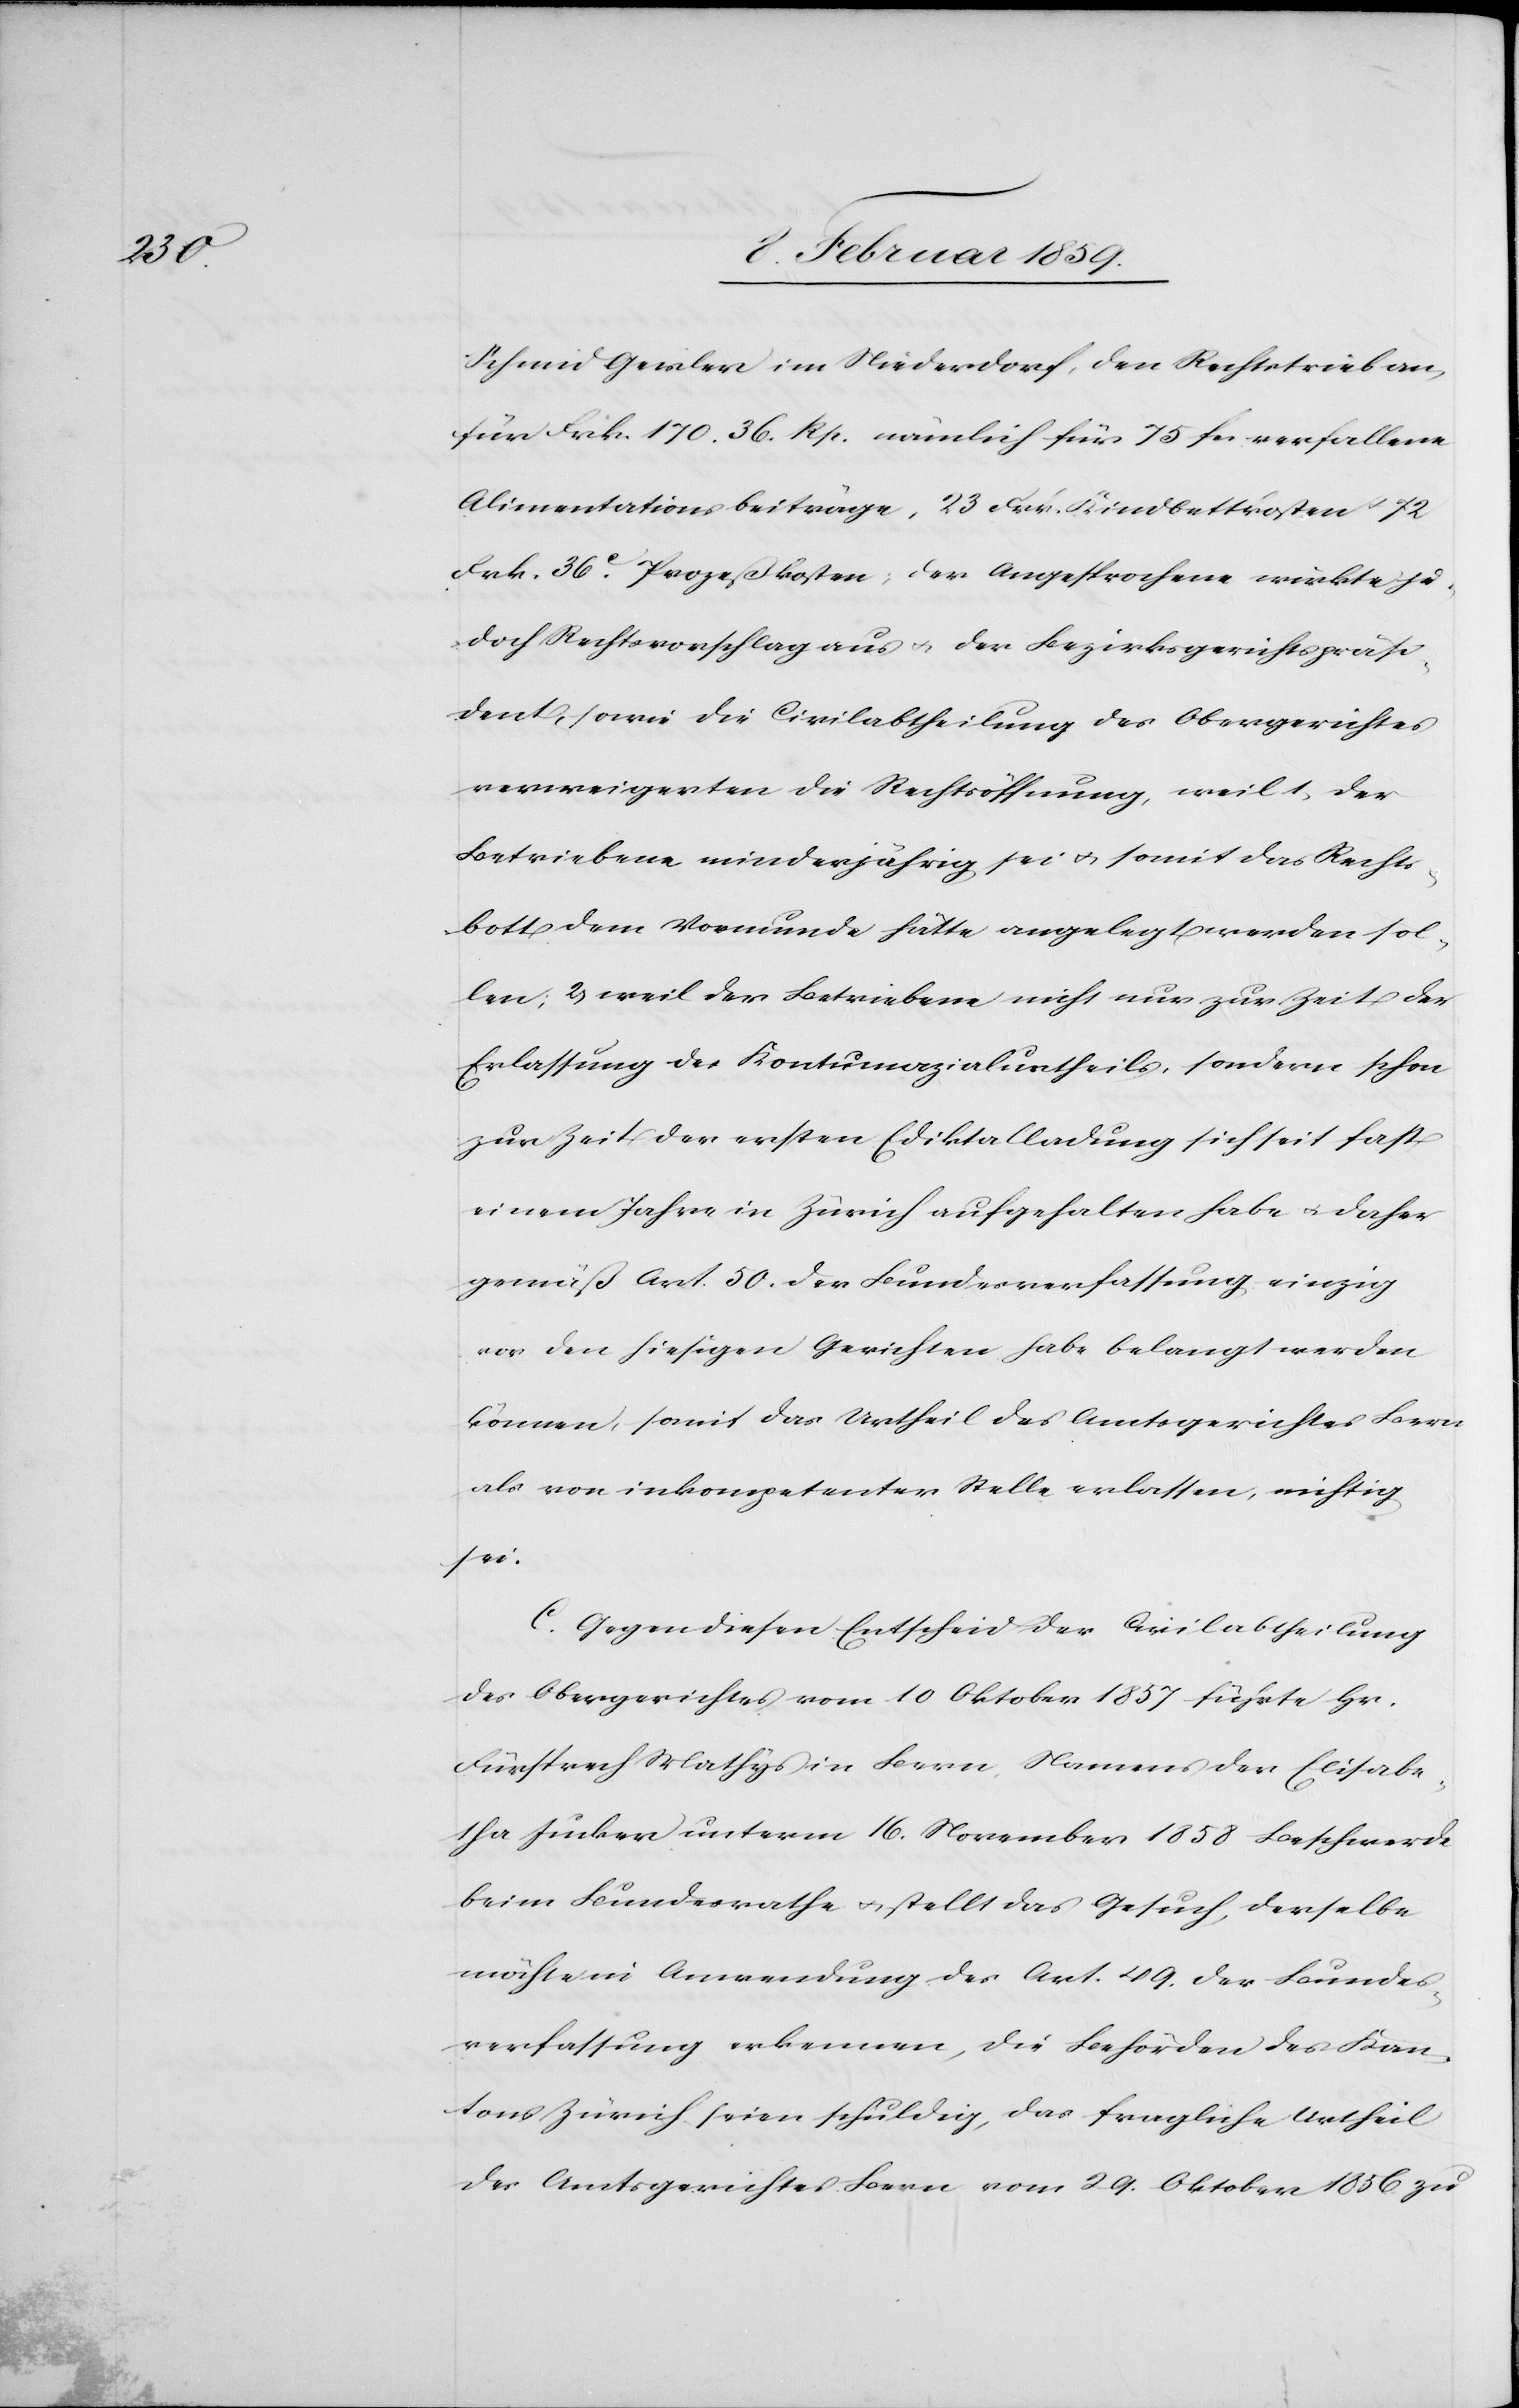
Schmid Gewiler im Niederdorf, den Rechtstrieb an,
für Frk. 170. 36. Rp. nämlich für 75 fcs verfallene
Alimentationsbeiträge, 23 Frk. Kindbettkosten u.
Frk. 36 c. Prozeßkosten; der Angesprochene wirkte je¬
doch Rechtsvorschlag aus u. der Bezirksgerichtspräsi¬
dent, sowie die Civilabtheilung des Obergerichtes
verweigerten die Rechtsöffnung, weil 1, der
Betriebene minderjährig sei u. somit das Rechts¬
bott dem Vormunde hätte angelegt werden sol¬
len; 2, weil der Betriebene nicht nur zur Zeit der
Erlassung des Kontumazialurtheils, sondern schon
zur Zeit der ersten Ediktalladung sich seit fast
einem Jahre in Zürich aufgehalten habe u. daher
gemäß Art. 50. der Bundesverfassung einzig
vor den hiesigen Gerichten habe belangt werden
können, somit das Urtheil des Amtsgerichtes Bern
als von inkompetenter Stelle erlassen, nichtig
sei.
C. Gegen diesen Entscheid der Civilabtheilung
des Obergerichtes vom 10 Oktober 1857 führte Hr.
Fürsprech Mathys in Bern Namens der Elisabe¬
tha Jucker unterm 16. November 1857 Beschwerde
beim Bundesrathe u. stellt das Gesuch, derselbe
möchte in Anwendung des Art. 49. der Bundes¬
verfassung erkennen, die Behörden des Kan¬
tons Zürich seien schuldig, das fragliche Urtheil
des Amtsgerichtes Bern vom 29. Oktober 1856 zu